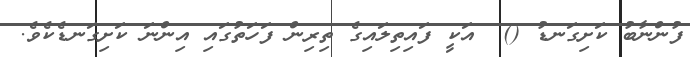
ފުންނާބު ކަށިގަނޑު ()  އަކީ ފައިތިލައިގެ ތިރިން ފަހަތުގައި އިންނަ ކަށިގަނޑެކެވެ.